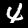
Label: 4